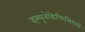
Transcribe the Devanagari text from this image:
इम्यूनोडेफिसिएंसी